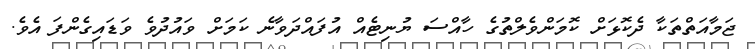
ޖަމާއަތްތަކާ ދެކޮޅަށް ކޮމަންވެލްތުގެ ހާއްސަ ޔުނިޓެއް އުފައްދަވާނެ ކަމަށް ވައުދުވެ ވަޑައިގެންފަ އެވެ.